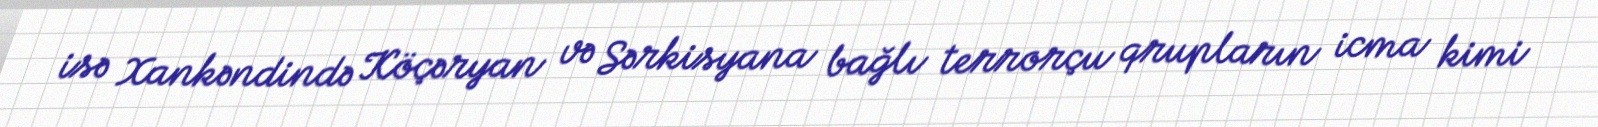
isə Xankəndində Köçəryan və Sərkisyana bağlı terrorçu qrupların icma kimi